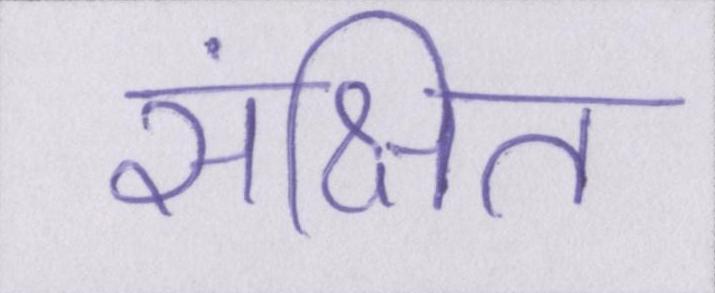
संक्षित